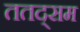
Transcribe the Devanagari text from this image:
ततद्सम